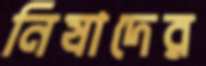
নিষাদের